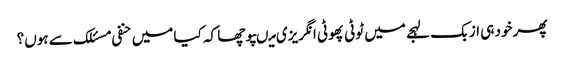
پھر خود ہی ازبک لہجے میں ٹوٹی پھوٹی انگریزی میںپوچھا کہ کیا میں حنفی مسئلک سے ہوں؟